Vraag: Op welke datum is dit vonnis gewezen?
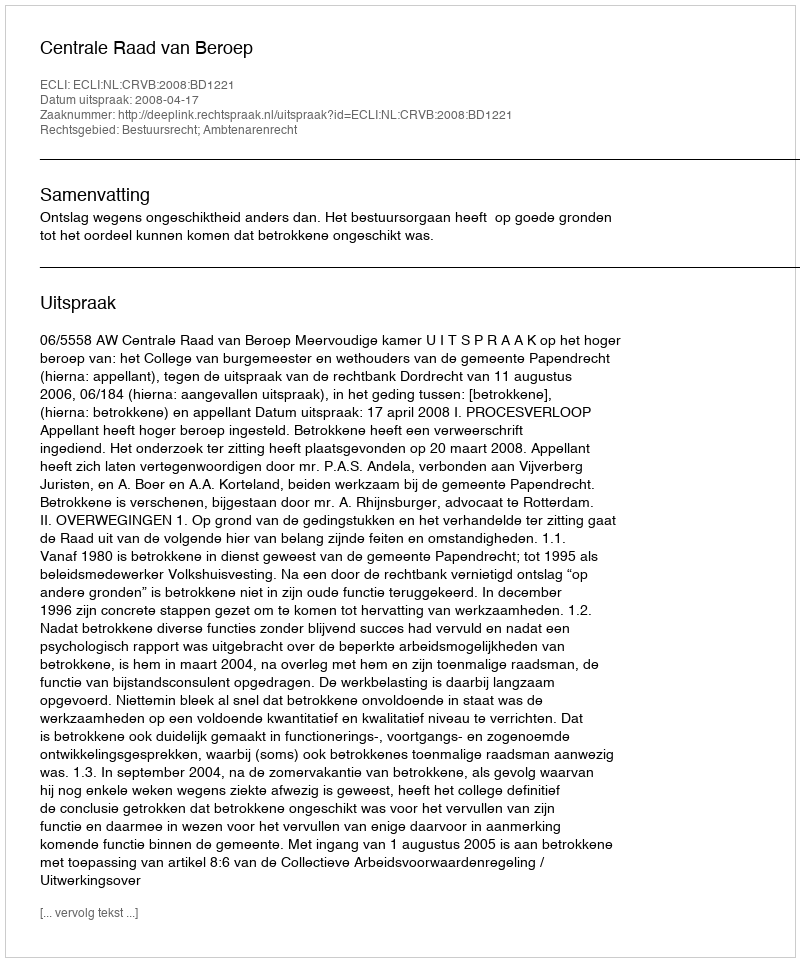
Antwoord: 2008-04-17